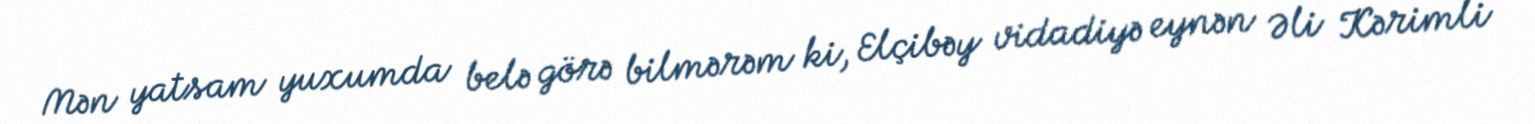
Mən yatsam yuxumda belə görə bilmərəm ki, Elçibəy vidadiyə eynən Əli Kərimli